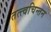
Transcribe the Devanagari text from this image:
तत्त्वचिन्तन